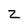
Character: Z